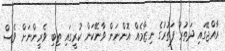
ރާއްޖޭގައި ދަތުރު ފަތުރުގެ ނިޒާމެއް އޮންނަން ވާނޭކަން ކުރީގައި ތިބި ވެރީންނަށް ވެސް